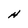
Character: H